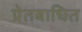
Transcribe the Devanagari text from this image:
प्रेतबाधित